Voisiku_vallavalitsus, lk 163
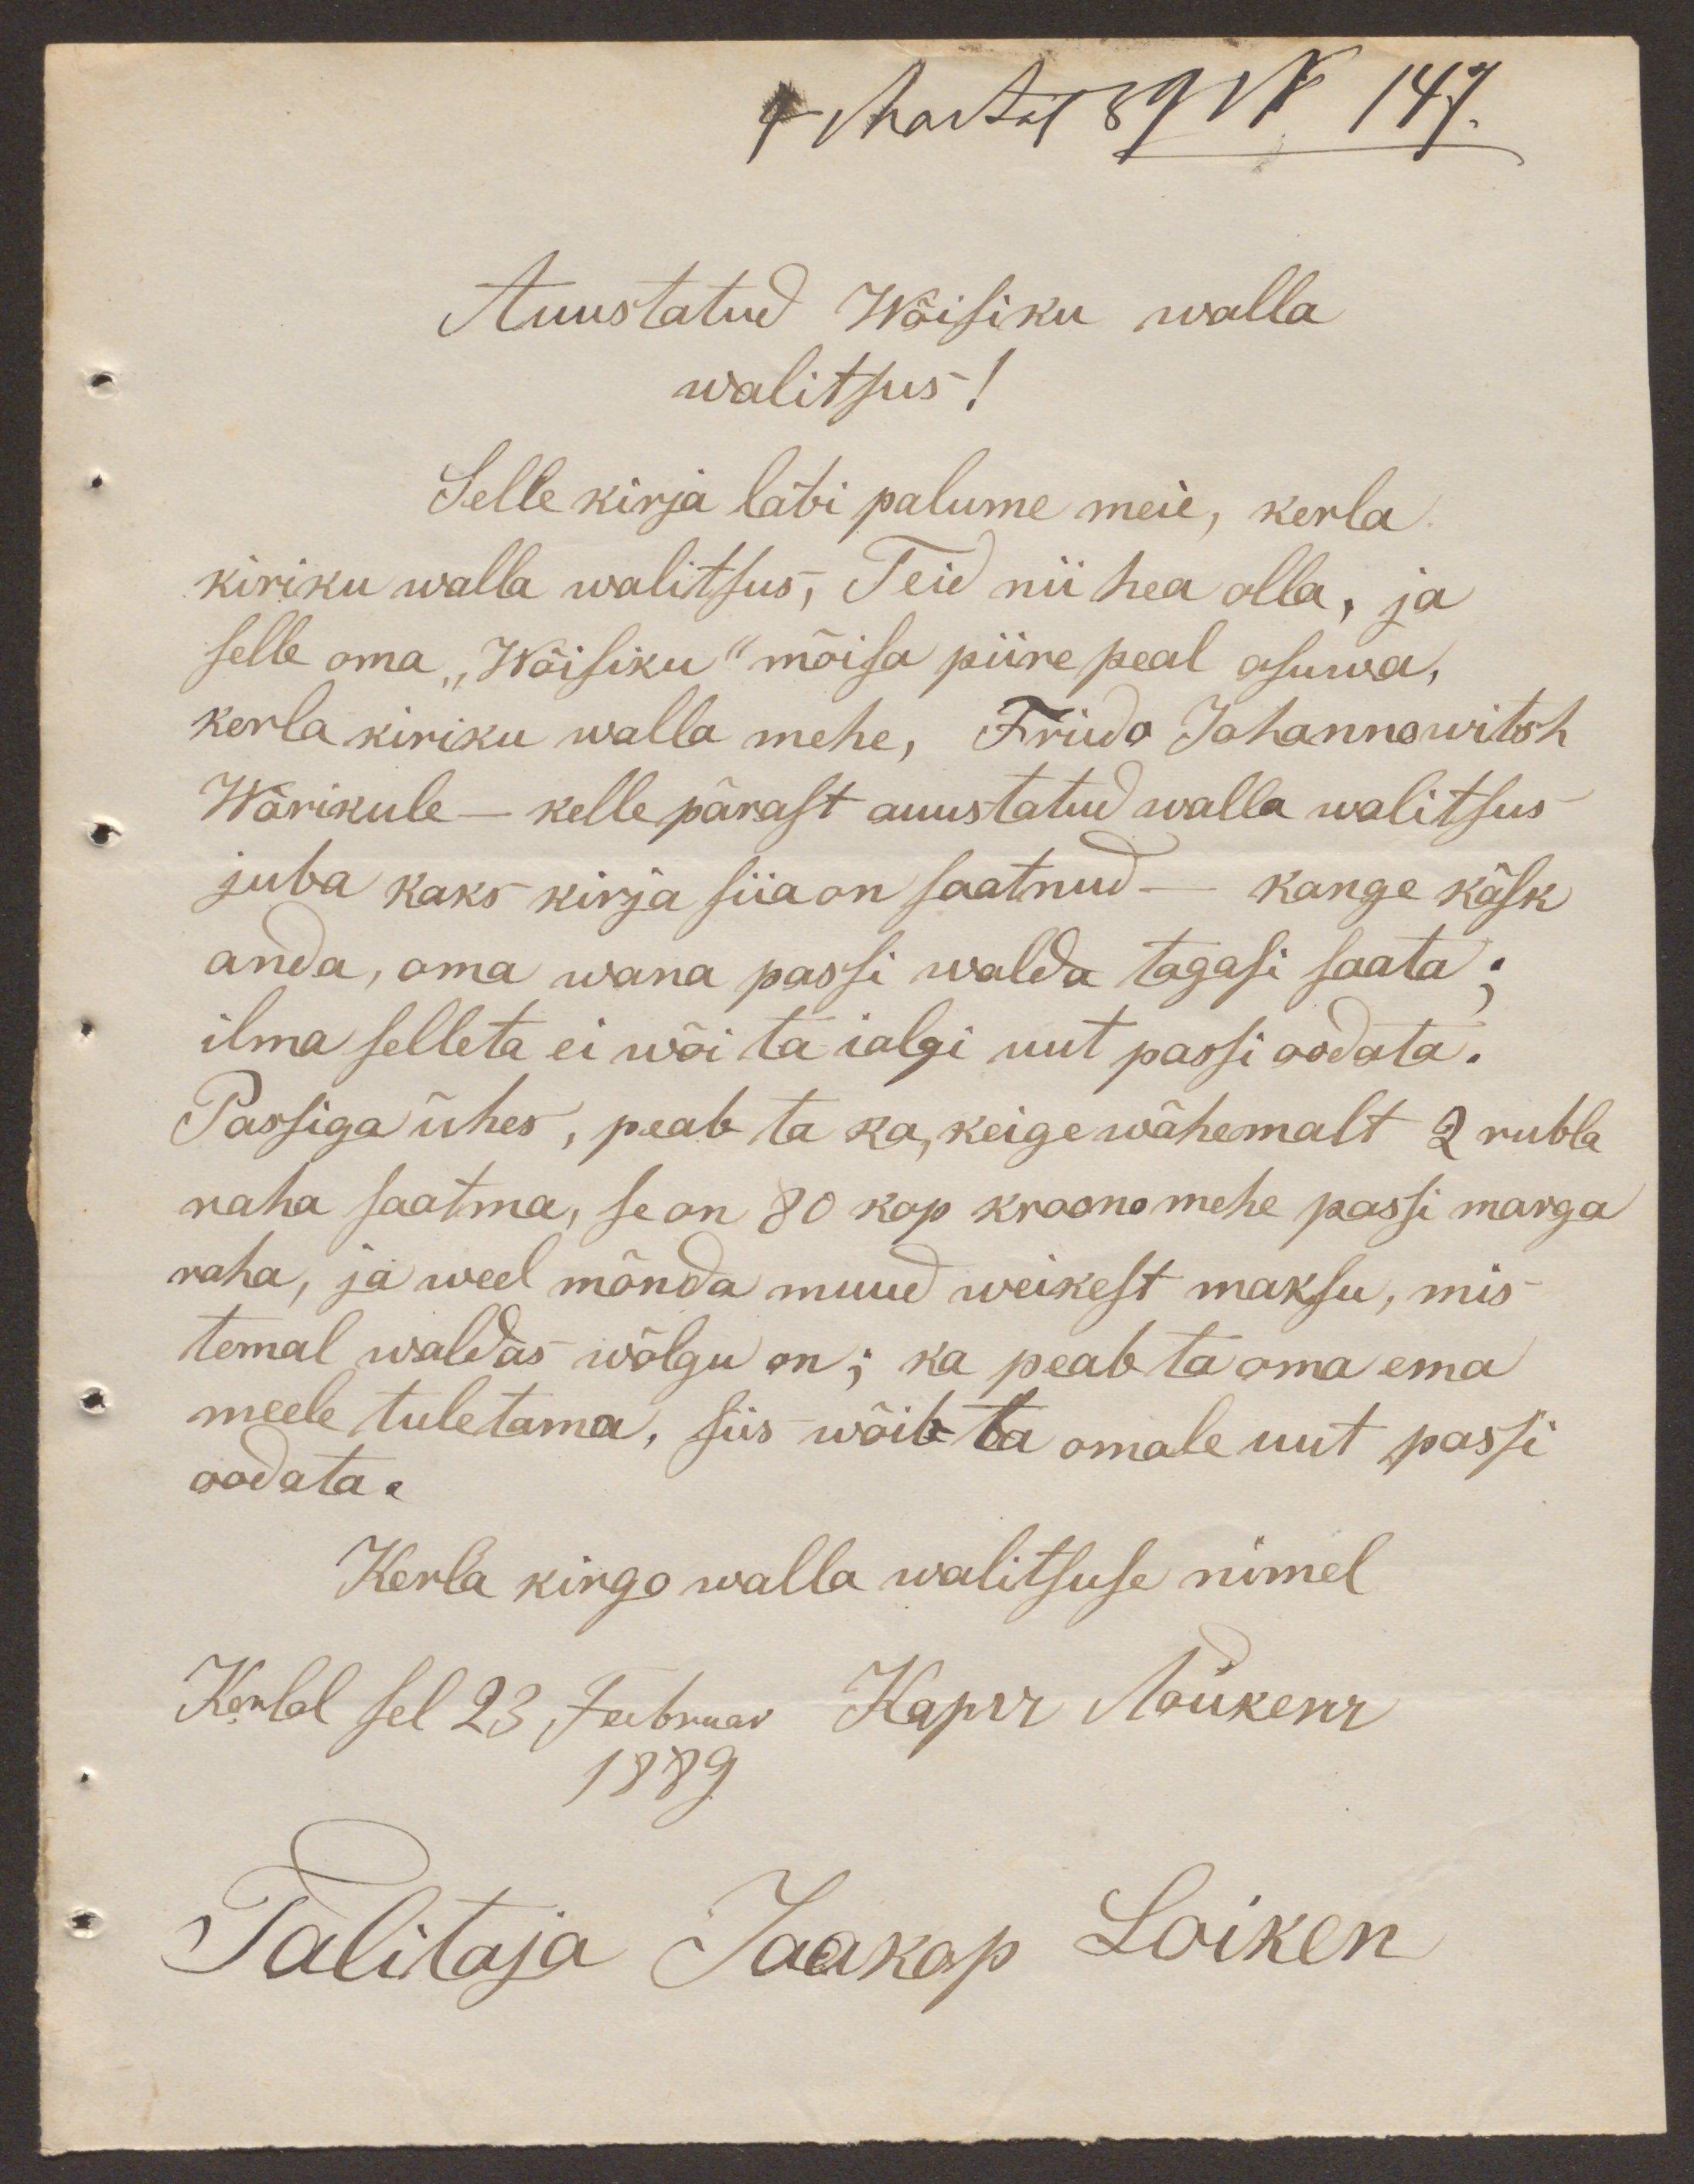
4 Martil 89 N 147.
Auustatud Wõisiku walla
walitsus!
Selle kirja läbi palume meie, kerla
kiriku walla walitsus, Teid nii hea olla, ja
selle oma "Wõisiku" mõisa piire peal asuwa,
Kerla kiriku walla mehe, Frido Johannowitsh
Wärikule - kelle pärast auustatud walla walitsus
juba kaks kirja siia on saatnud - kange käsk
anda, oma wana passi walda tagasi saata;
ilma selleta ei wõi ta ialgi uut passi oodata.
Passiga ühes, peab ta ka keige wähemalt 2 rubla
raha saatma, se on 80 kop kroonomehe passi marga
raha, ja weel mõnda muud weikest maksu, mis
temal waldas wõlgu on; ka peab ta oma ema
meele tuletama, siis wõib ta omale uut passi
oodata.
Kerla kirgo walla walitsuse nimel
Kerlal sel 23 Februar Kaper Lõukene
1889
Talitaja Jaakop Loiken